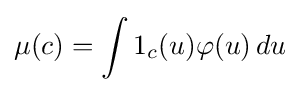
\mu (c)=\int 1_{c}(u)\varphi (u)\,du